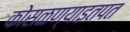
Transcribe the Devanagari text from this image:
कोसळण्याइतपत